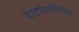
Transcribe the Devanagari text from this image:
वाटचालीनंतर